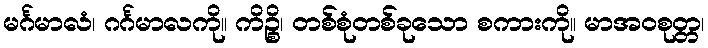
မင်္ဂမာလံ၊ ဂင်္ဂမာလကို။ ကိဉ္စိ၊ တစ်စုံတစ်ခုသော စကားကို။ မာအဝစုတ္တ၊